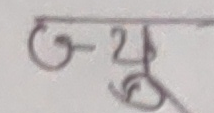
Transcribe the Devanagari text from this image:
७-द्यु